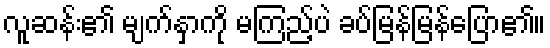
လူဆန်း၏ မျက်နှာကို မကြည့်ပဲ ခပ်မြန်မြန်ပြော၏။